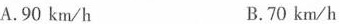
A.90km/h B.70km/h